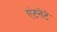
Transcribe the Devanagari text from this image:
एंटनेटे